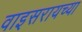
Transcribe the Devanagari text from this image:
वाइसरायच्या